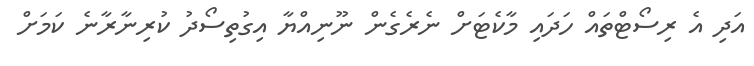
އަދި އެ ރިސޯޓްތައް ހަދައި މާކެޓަށް ނެރެގެން ނޫނިއްޔާ އިގުތިސޯދު ކުރިނާރާނެ ކަމަށް